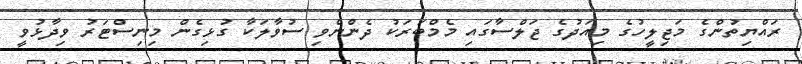
ރައްޔިތުންގެ މަޖިލީހުގެ މިއަދުގެ ޖަލްސާގައި މެމްބަރަކު ދެންނެވި ސުވާލަކާ ގުޅިގެން މިނިސްޓަރު ވިދާޅުވީ